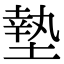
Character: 墊